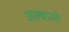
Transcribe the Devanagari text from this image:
अल्बास्ते